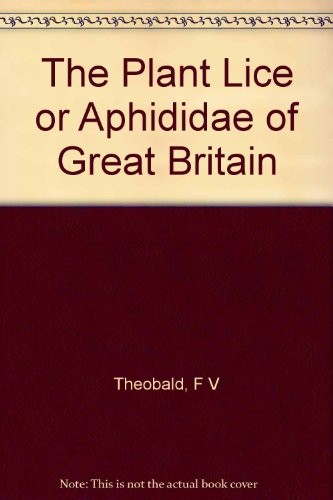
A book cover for The plant lice or Aphididae of Great Britain,; Frederic Vincent Theobald; Health, Fitness & Dieting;